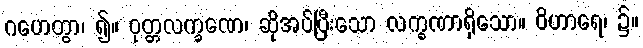
ဂဟေတွာ၊ ၍။ ဝုတ္တလက္ခဏေ၊ ဆိုအပ်ပြီးသော လက္ခဏာရှိသော။ ဝိဟာရေ၊ ၌။